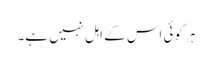
ہر کوئی اس کے اہل نہیں ہے۔